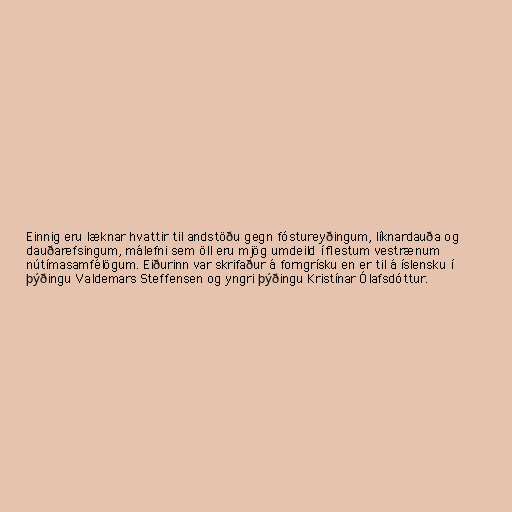
Einnig eru læknar hvattir til andstöðu gegn fóstureyðingum, líknardauða og
dauðarefsingum, málefni sem öll eru mjög umdeild í flestum vestrænum
nútímasamfélögum. Eiðurinn var skrifaður á forngrísku en er til á íslensku í
þýðingu Valdemars Steffensen og yngri þýðingu Kristínar Ólafsdóttur.